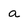
Character: a